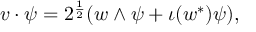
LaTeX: v \cdot \psi = 2 ^ { \frac { 1 } { 2 } } ( w \wedge \psi + \iota ( w ^ { * } ) \psi ) ,